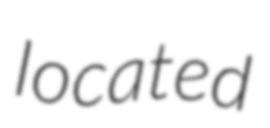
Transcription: located